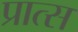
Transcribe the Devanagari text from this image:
प्रात्स